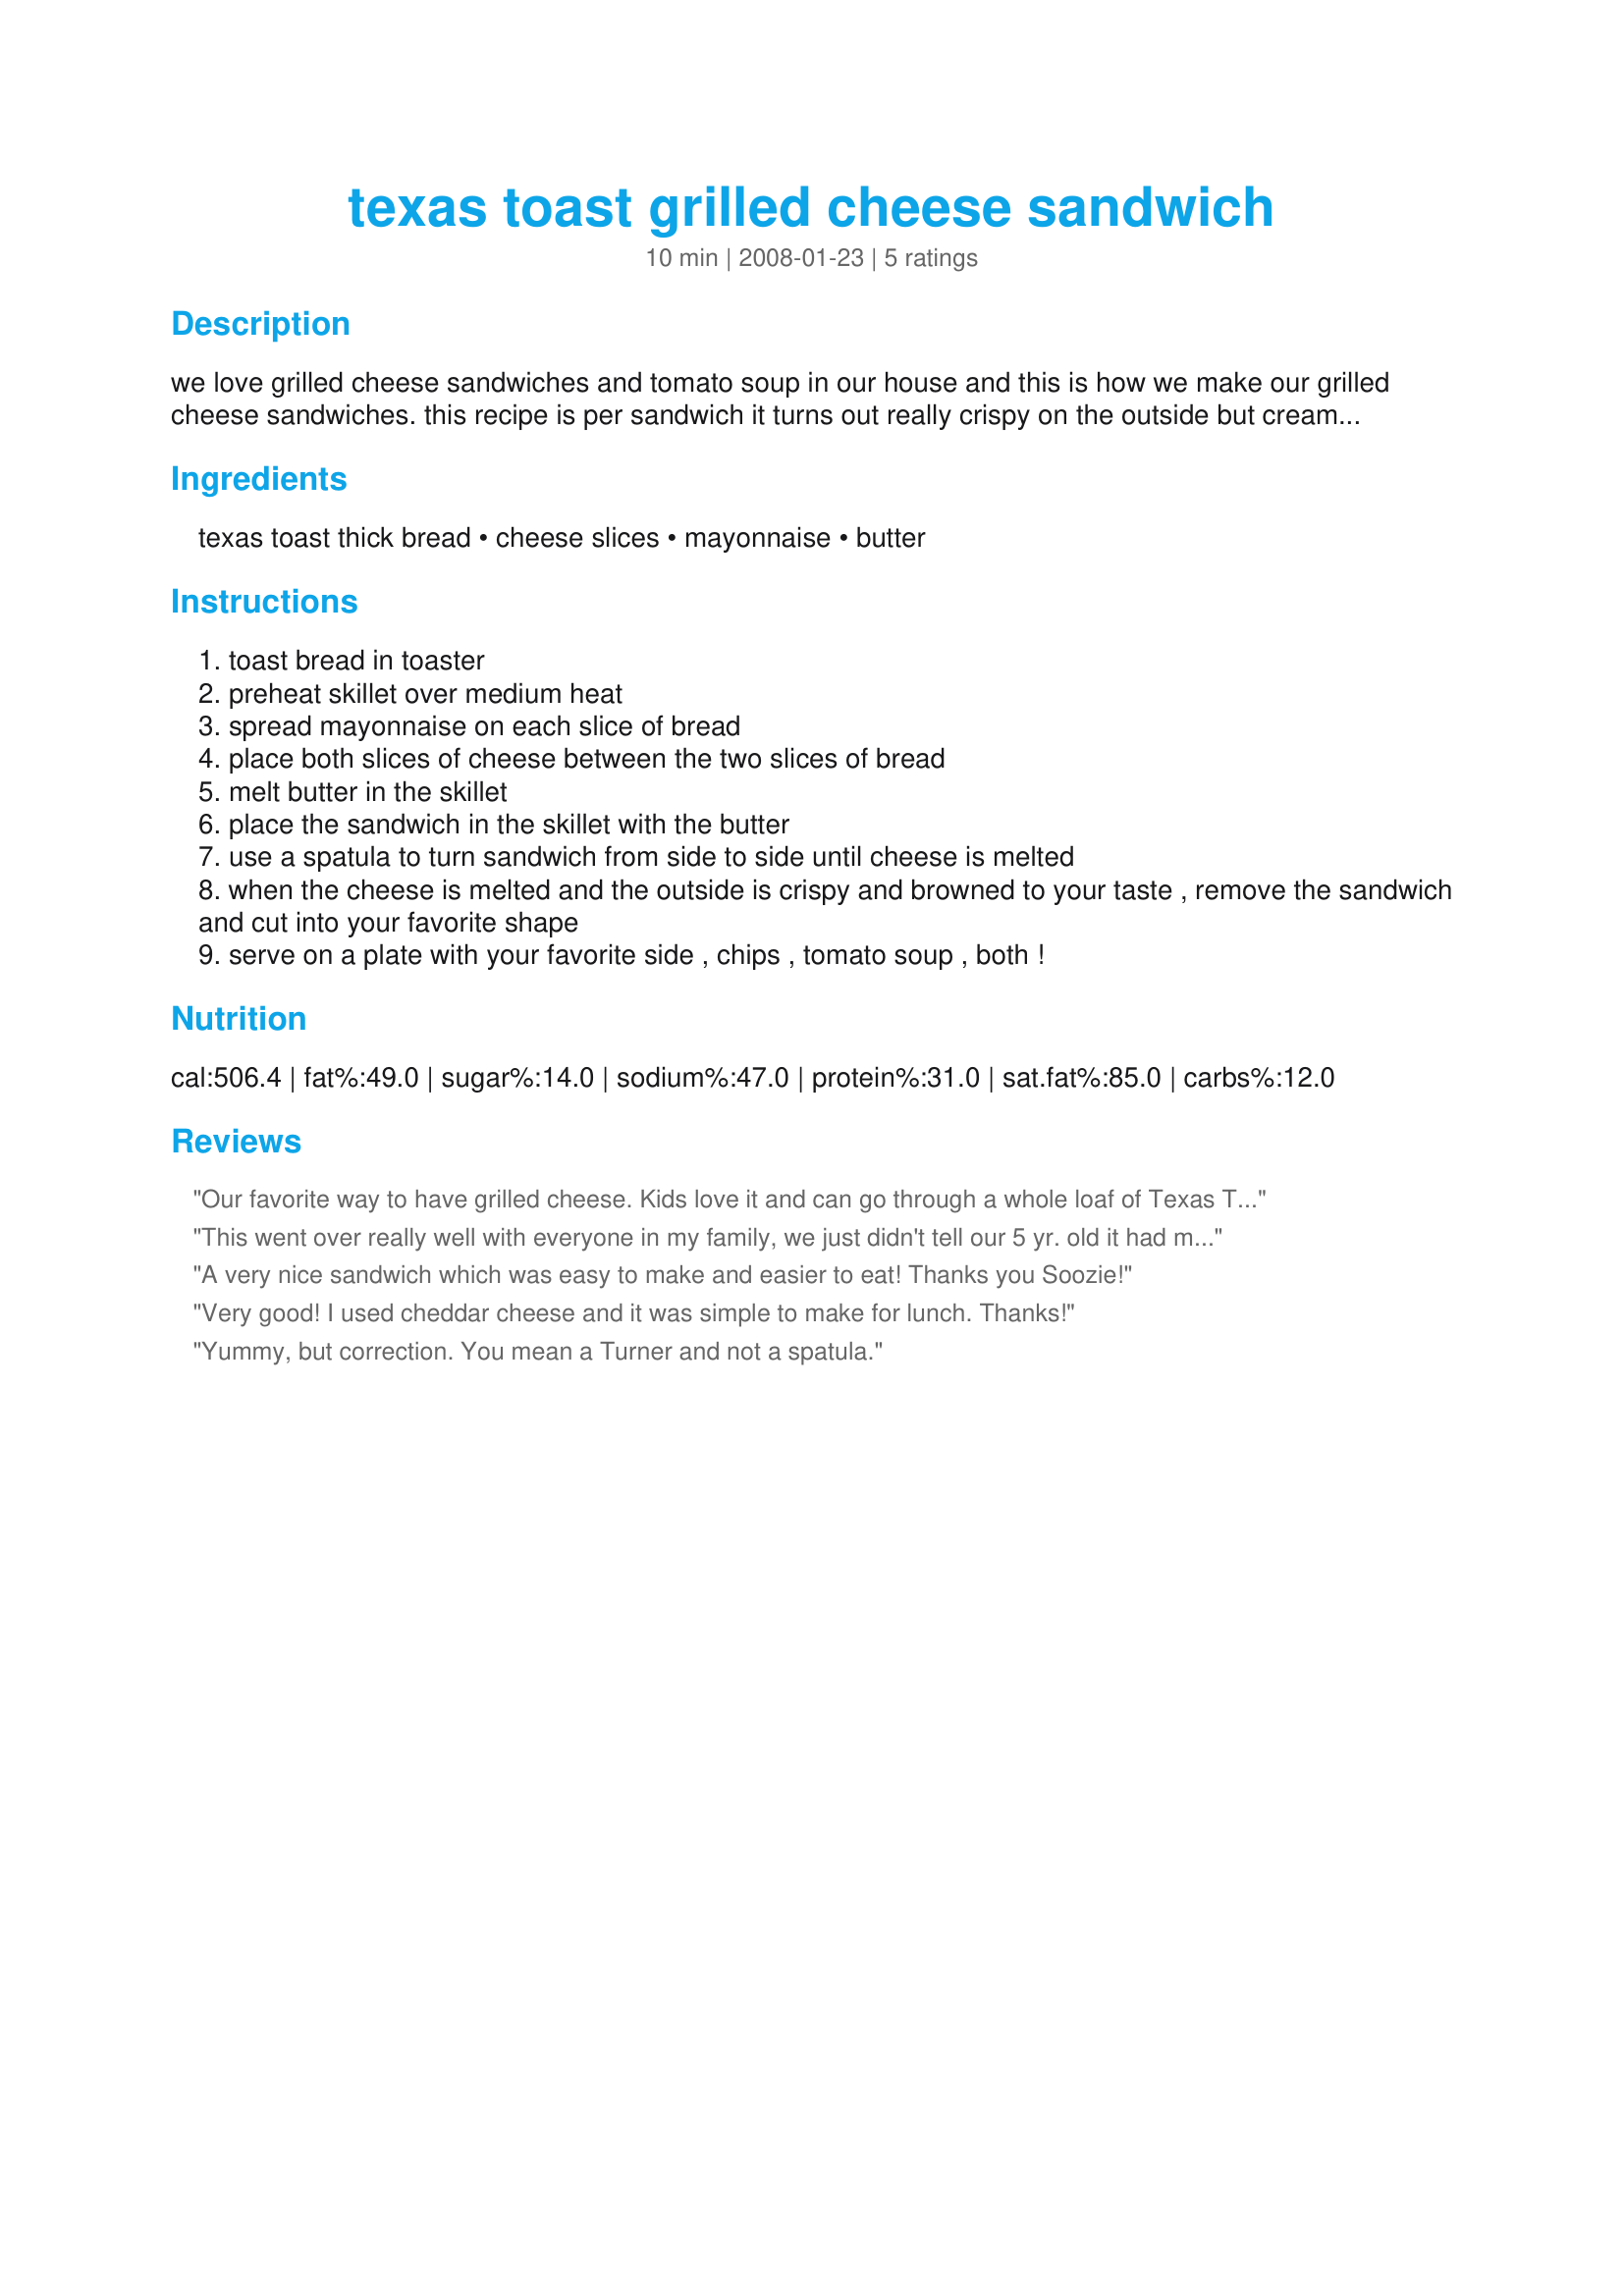
texas toast grilled cheese sandwich
Preparation time: 10 minutes

we love grilled cheese sandwiches and tomato soup in our house and this is how we make our grilled cheese sandwiches. this recipe is per sandwich it turns out really crispy on the outside but creamy on the inside.

Ingredients:
texas toast thick bread, cheese slices, mayonnaise, butter

Steps:
toast bread in toaster
preheat skillet over medium heat
spread mayonnaise on each slice of bread
place both slices of cheese between the two slices of bread
melt butter in the skillet
place the sandwich in the skillet with the butter
use a spatula to turn sandwich from side to side until cheese is melted
when the cheese is melted and the outside is crispy and browned to your taste , remove the sandwich and cut into your favorite shape
serve on a plate with your favorite side , chips , tomato soup , both !

Reviews:
Our favorite way to have grilled cheese. Kids love it and can go through a whole loaf of Texas Toast at a time.
This went over really well with everyone in my family, we just didn't tell our 5 yr. old it had mayo in it hahaha! We also used cheddar cheese on this, but I imagine any kind of cheese would taste just as good. Thanks for sharing!
A very nice sandwich which was easy to make and easier to eat! Thanks you Soozie!
Very good! I used cheddar cheese and it was simple to make for lunch. Thanks!
Yummy, but correction. You mean a Turner and not a spatula.
